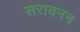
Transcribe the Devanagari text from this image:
सरावनन